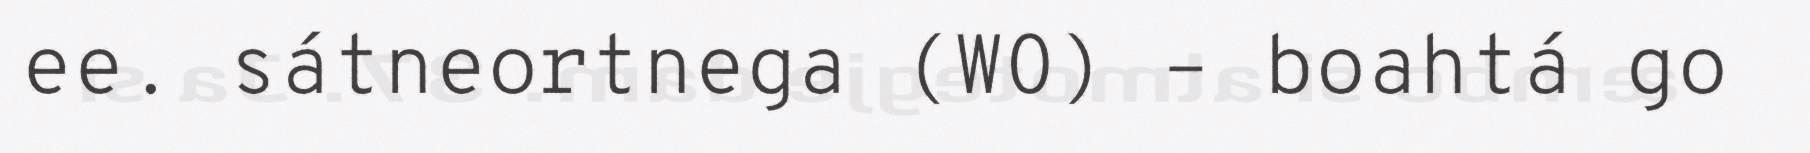
ee. sátneortnega (WO) – boahtá go